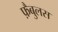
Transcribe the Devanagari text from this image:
फ़ैबुलस